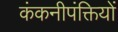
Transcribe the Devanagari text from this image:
कंकनीपंक्तियों